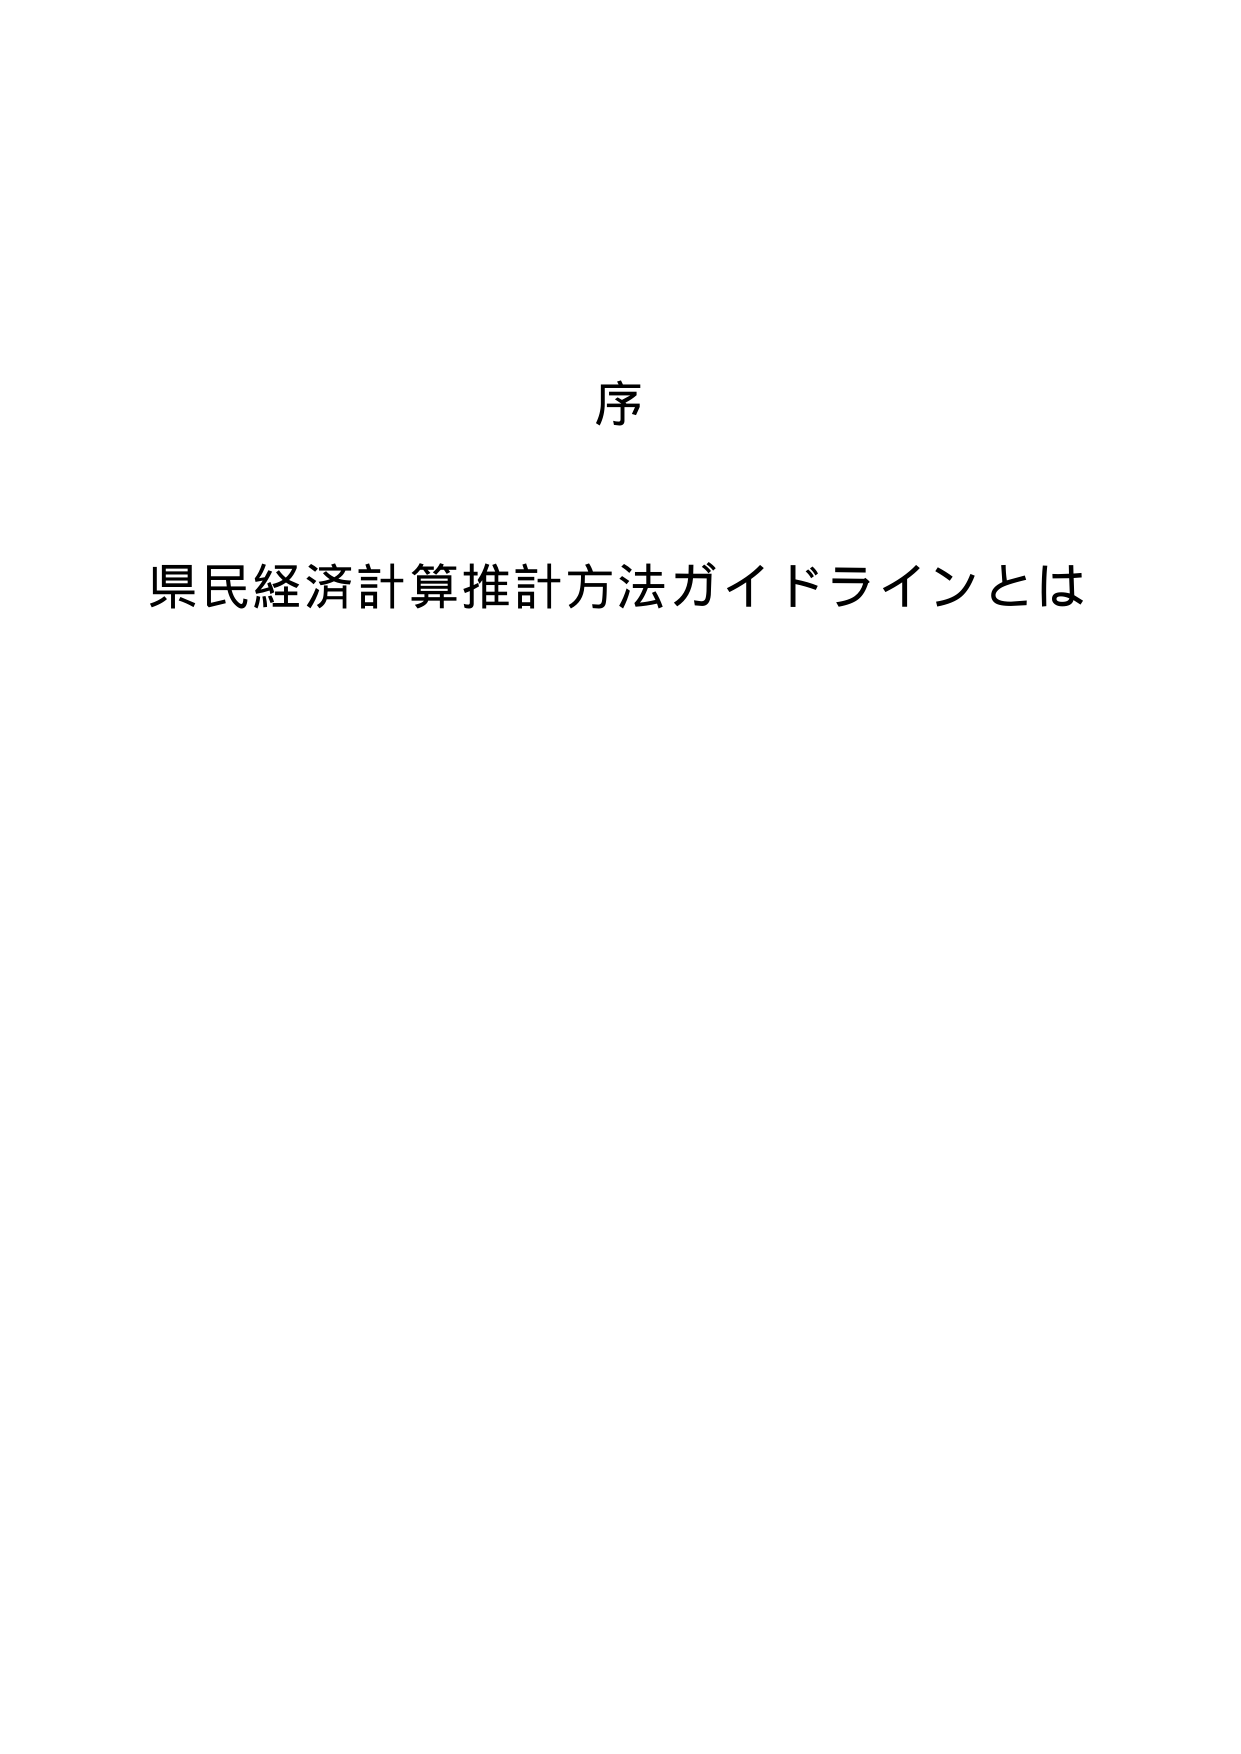
序
県民経済計算推計方法ガイドラインとは